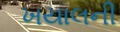
ખયાલની